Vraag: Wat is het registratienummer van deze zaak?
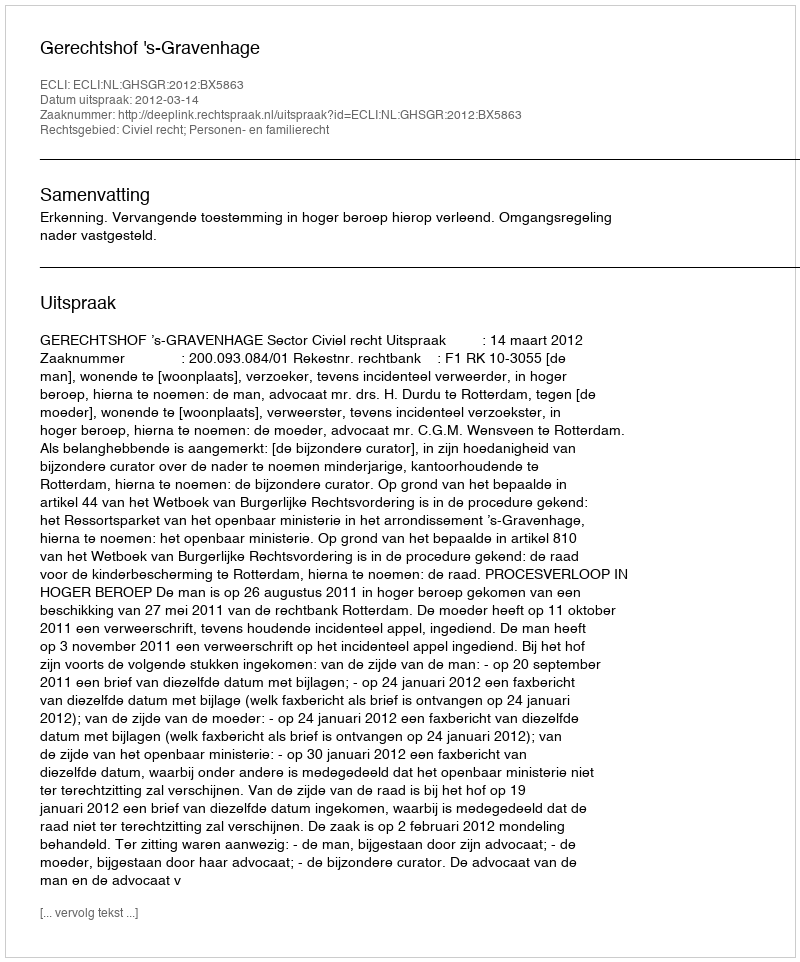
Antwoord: http://deeplink.rechtspraak.nl/uitspraak?id=ECLI:NL:GHSGR:2012:BX5863